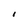
Character: I